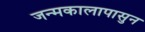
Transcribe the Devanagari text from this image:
जन्मकालापासुन